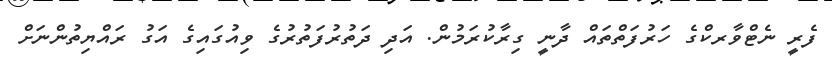
ފެރީ ނެޓްވާރކްގެ ހަރުފަތްތައް ދާނީ ގިރާކުރަމުން. އަދި ދަތުރުފަތުރުގެ ވިއުގައިގެ އަގު ރައްޔިތުންނަށް